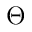
\Theta